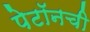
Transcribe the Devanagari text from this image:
पेटॉनची